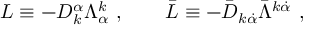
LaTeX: L \equiv - D _ { k } ^ { \alpha } \Lambda _ { \alpha } ^ { k } \ , \qquad \bar { L } \equiv - { \bar { D } } _ { k \dot { \alpha } } \bar { \Lambda } ^ { k \dot { \alpha } } \ ,